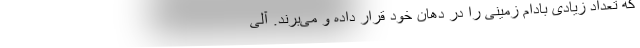
که تعداد زیادی بادام زمینی را در دهان خود قرار داده و می‌برند. آلی